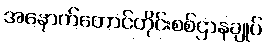
အနောက်တောင်တိုင်းစစ်ဌာနချုပ်